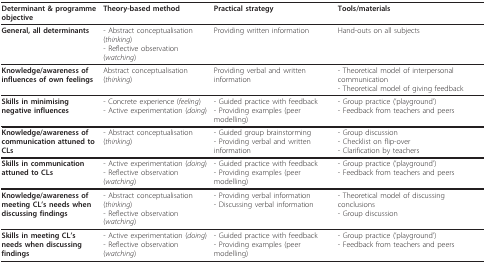
| Determinant & programme objective | Theory-based method | Practical strategy | Tools/materials |
 | --- | --- | --- | --- |
 | General, all determinants | - Abstract conceptualisation (thinking)- Reflective observation (watching) | Providing written information | Hand-outs on all subjects |
 | Knowledge/awareness of influences of own feelings | Abstract conceptualisation (thinking) | Providing verbal and written information | - Theoretical model of interpersonal communication- Theoretical model of giving feedback |
 | Skills in minimising negative influences | - Concrete experience (feeling)- Active experimentation (doing) | - Guided practice with feedback- Providing examples (peer modelling) | - Group practice ('playground')- Feedback from teachers and peers |
 | Knowledge/awareness of communication attuned to CLs | - Abstract conceptualisation (thinking) | - Guided group brainstorming- Providing verbal and written information | - Group discussion- Checklist on flip-over- Clarification by teachers |
 | Skills in communication attuned to CLs | - Active experimentation (doing)- Reflective observation (watching) | - Guided practice with feedback- Providing examples (peer modelling) | - Group practice ('playground')- Feedback from teachers and peers |
 | Knowledge/awareness of meeting CL's needs when discussing findings | - Abstract conceptualisation (thinking)- Reflective observation (watching) | - Providing verbal information- Discussing verbal information | - Theoretical model of discussing conclusions- Group discussion |
 | Skills in meeting CL's needs when discussing findings | - Active experimentation (doing)- Reflective observation (watching) | - Guided practice with feedback- Providing examples (peer modelling) | - Group practice ('playground')- Feedback from teachers and peers |